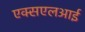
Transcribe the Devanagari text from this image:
एक्सएलआई